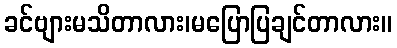
ခင်ဗျားမသိတာလား၊မပြောပြချင်တာလား။